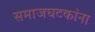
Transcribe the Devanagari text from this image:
समाजघटकांना